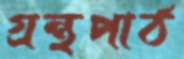
গ্রন্থপাঠ